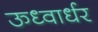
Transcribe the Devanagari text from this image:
ऊध्वार्धर